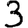
Digit: 3